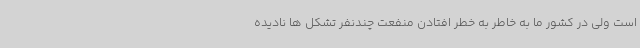
است ولی در کشور ما به خاطر به خطر افتادن منفعت چندنفر تشکل ها نادیده